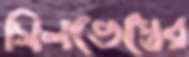
সিলভেস্ত্রের